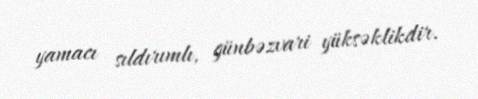
yamacı sıldırımlı, günbəzvari yüksəklikdir.